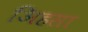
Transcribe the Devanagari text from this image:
अिहसा